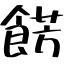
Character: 餝